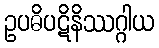
ဥပဓိပဋိနိဿဂ္ဂါယ